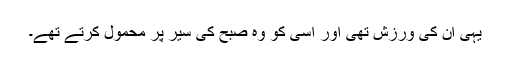
یہی ان کی ورزش تھی اور اسی کو وہ صبح کی سیر پر محمول کرتے تھے۔